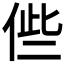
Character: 𠉃